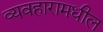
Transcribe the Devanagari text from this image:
व्यवहारामधील